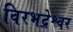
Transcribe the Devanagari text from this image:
विरभद्रेश्वर